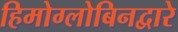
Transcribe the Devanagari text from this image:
हिमोग्लोबिनद्वारे